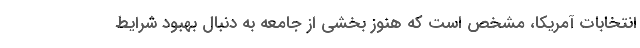
انتخابات آمریکا، مشخص است که هنوز بخشی از جامعه به دنبال بهبود شرایط